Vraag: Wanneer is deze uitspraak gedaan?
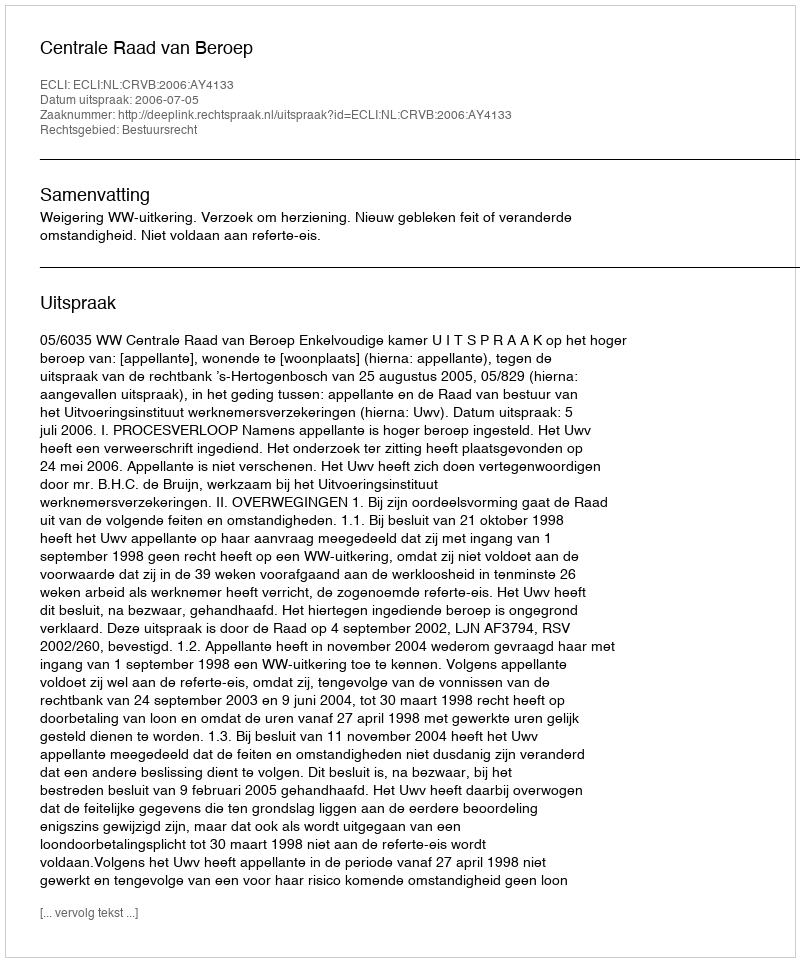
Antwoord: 2006-07-05